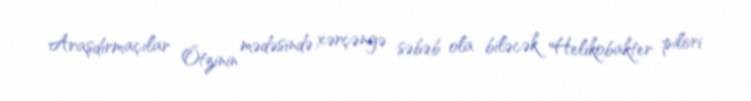
Araşdırmaçılar Ötzinin mədəsində xərçəngə səbəb ola biləcək Helikobakter pilori